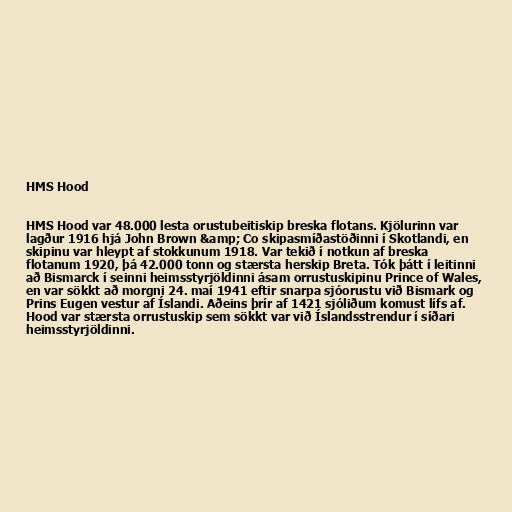
HMS Hood

HMS Hood var 48.000 lesta orustubeitiskip breska flotans. Kjölurinn var
lagður 1916 hjá John Brown &amp; Co skipasmíðastöðinni í Skotlandi, en
skipinu var hleypt af stokkunum 1918. Var tekið í notkun af breska
flotanum 1920, þá 42.000 tonn og stærsta herskip Breta. Tók þátt í leitinni
að Bismarck í seinni heimsstyrjöldinni ásam orrustuskipinu Prince of Wales,
en var sökkt að morgni 24. maí 1941 eftir snarpa sjóorustu við Bismark og
Prins Eugen vestur af Íslandi. Aðeins þrír af 1421 sjóliðum komust lífs af.
Hood var stærsta orrustuskip sem sökkt var við Íslandsstrendur í síðari
heimsstyrjöldinni.